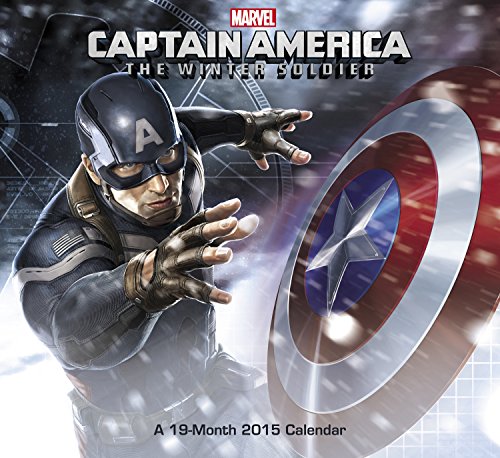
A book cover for Captain America Wall Calendar (2015): The Winter Soldier; Day Dream; Calendars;